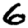
Digit: 6